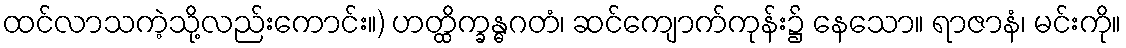
ထင်လာသကဲ့သို့လည်းကောင်း။) ဟတ္ထိက္ခန္ဓဂတံ၊ ဆင်ကျောက်ကုန်း၌ နေသော။ ရာဇာနံ၊ မင်းကို။